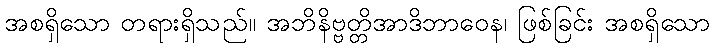
အစရှိသော တရားရှိသည်။ အဘိနိဗ္ဗတ္တိအာဒိဘာဝေန၊ ဖြစ်ခြင်း အစရှိသော